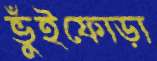
ভুঁইফোড়া